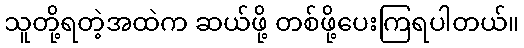
သူတို့ရတဲ့အထဲက ဆယ်ဖို့ တစ်ဖို့ပေးကြရပါတယ်။